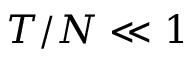
T / N \ll 1